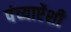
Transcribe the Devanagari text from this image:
पंच्याऐंशी